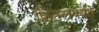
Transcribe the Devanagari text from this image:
क्विंटलपर्यंत